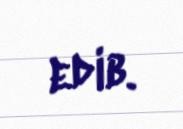
edib.